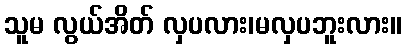
သူမ လွယ်အိတ် လှပလား၊မလှပဘူးလား။